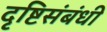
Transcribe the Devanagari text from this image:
दृष्टिसंबंधी